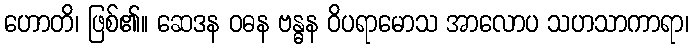
ဟောတိ၊ ဖြစ်၏။ ဆေဒန ဝဓန ဗန္ဓန ဝိပရာမောသ အာလောပ သဟသာကာရာ၊